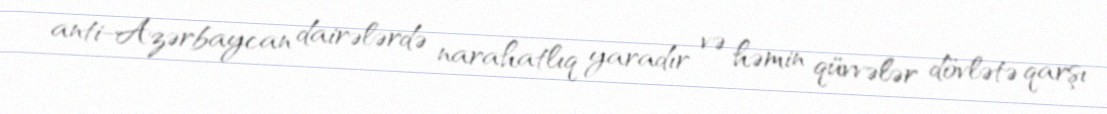
anti-Azərbaycan dairələrdə narahatlıq yaradır və həmin qüvvələr dövlətə qarşı